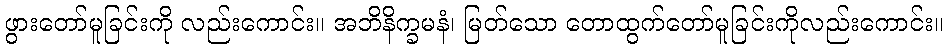
ဖွားတော်မူခြင်းကို လည်းကောင်း။ အဘိနိက္ခမနံ၊ မြတ်သော တောထွက်တော်မူခြင်းကိုလည်းကောင်း။